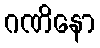
ဂဏိနော